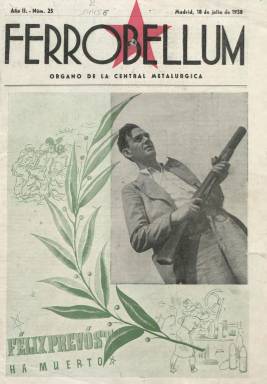
Título: Ferrobellum (Madrid)
Colección: Guerra civil
Ámbito geográfico: Madrid
Lugar de publicación: Madrid
Fechas: 18/07/1938-18/07/1938

Esta publicación de título tan bélico fue editada en la España republicana durante la Guerra Civil y estaba ligada a la industria del armamento. Era el órgano de la llamada Central Metalúrgica, como su subtítulo explicaba. Su nombre estaba tomado de una granada de mano que fue empleada en combate por el ejército republicano.

  Se trataba de un semanario, aunque la periodicidad era irregular. Comenzó a editarse en 1937, con la guerra ya comenzada, por un conjunto de fundiciones y talleres que se reconvirtieron para la fabricación de armas. Su producto estrella era precisamente la granada Ferrobellum. Lo que caracterizaba a esta arma de mano era su mango, que permitía lanzarla más lejos ganando en seguridad para el propio lanzador en caso de estar en terreno abierto.

   En la portada de uno de los números de la publicación, que no tiene la BNE, aparece una operaria de los talleres con un manojo de estas granadas entre las manos. El único número que posee la Biblioteca Nacional es el 25, correspondiente al 18 de julio de 1938, cuando se cumplían dos años justos de la Guerra Civil,

   Este número está dedicado a la figura de Félix Prevost, que fue el impulsor de Ferrobellum, la Central Metalúrgica, e inventor de un lanzador de granadas. Precisamente, su muerte se produjo por accidente un mes antes cuando probaba uno de sus diseños bélicos con una granada de su invención.

En la portada del número le podemos ver con otra arma que también diseñó. Como se ve se trata de una especie de escopeta con el cañón corto y ancho para lanzar granadas. Todas las páginas están dedicadas a su figura con fotografías y textos panegíricos en los que se ensalza su contribución a la lucha del ejército republicano. En uno de los artículos también se reproducen unas palabras suyas en las que destacaba la importancia del armamento para ganar la guerra: ‘No hay pueblo que pueda sostener una contienda, larga y dura como la que sostiene el pueblo español, si no es capaz de crear un Ejército regular, fuerte y disciplinado. Y no hay Ejército capaz si no tiene tras sí una potente Industria de Guerra que lo abastezca’.

    En una doble página gráfica se puede ver el homenaje que la multitud le rindió a su muerte con un entierro multitudinario en Madrid. En otra página se informa de que Prevost, que era militante comunista, poseía en su juventud un taller en Medina del Campo donde inventó un nuevo tipo de arado y otra maquinaria agrícola y donde inició un movimiento obrero que le valió la animadversión de los propietarios, por lo que tuvo que vender su taller y trasladarse a Madrid.

 Su ingenio parecía no tener fin. Así, en el citado artículo se dice: ‘Suyos fueron los primeros megáfonos usados en la propaganda contra el enemigo; suyos, los primeros periscopios de trinchera producidos en España; suyos, los primeros culatines para pistolas ametralladoras producidos en la España leal...’

[Descripción publicada el 17/08/2022]